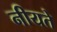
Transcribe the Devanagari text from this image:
नीयते